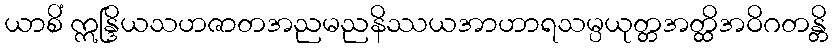
ယာစိံ ဣန္ဒြိယသဟဇာတအညမညနိဿယအာဟာရသမ္ပယုတ္တအတ္ထိအဝိဂတန္တိ